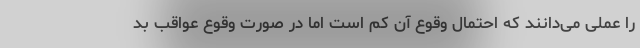
را عملی می‌دانند که احتمال وقوع آن کم است اما در صورت وقوع عواقب بد